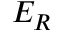
E _ { R }